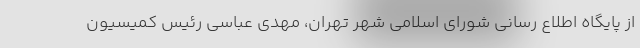
از پایگاه اطلاع رسانی شورای اسلامی شهر تهران، مهدی عباسی رئیس کمیسیون